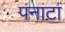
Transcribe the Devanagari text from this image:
पनाटा